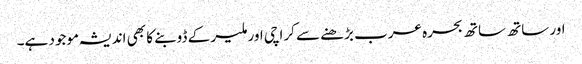
اور ساتھ ساتھ بحرہ عرب بڑھنے سے کراچی اور ملیر کے ڈوبنے کا بھی اندیشہ موجود ہے۔